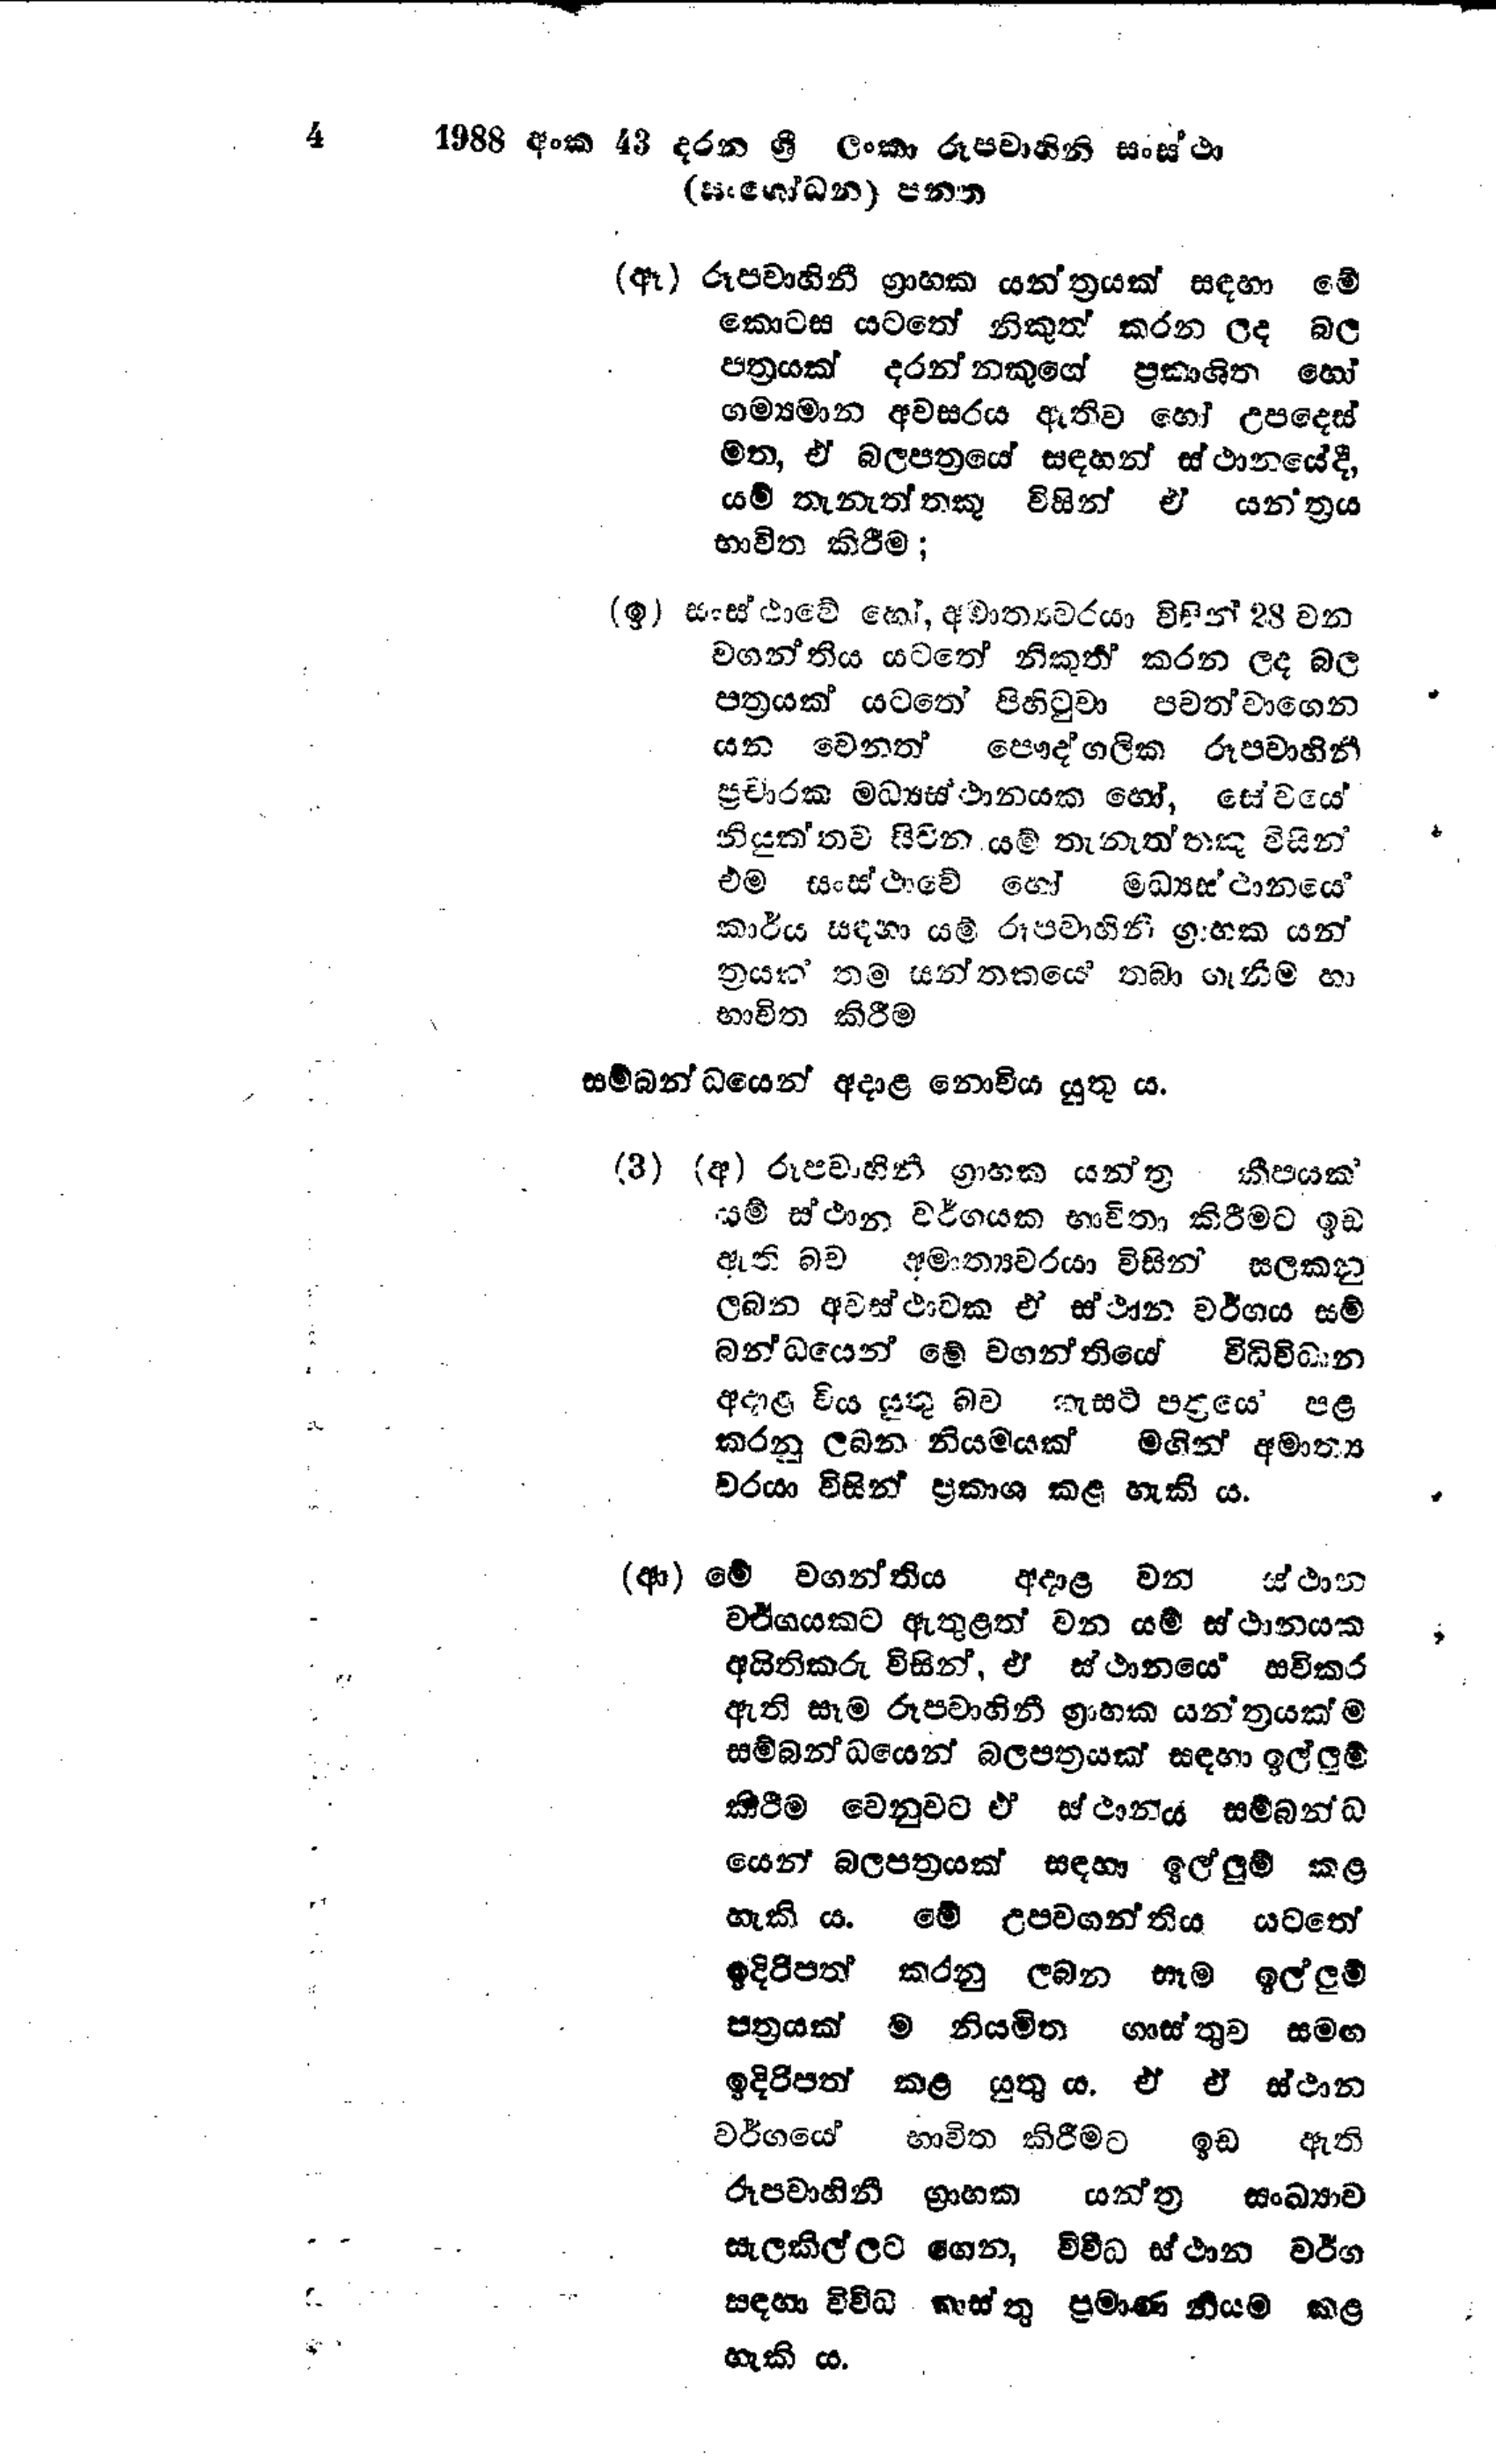
4 1988 අංක 43 දරන ශ්‍රී ලංකා රූපවාහිනි සංස්ථා
(සංශෝධන) පනත

(ඈ) රූපවාහිනී ග්‍රාහක යන්ත්‍රයක් සඳහා මේ
කොටස යටතේ නිකුත් කරන ලද බල
පත්‍රයක් දරන්නකුගේ ප්‍රකාශිත හෝ
ගම්‍යමාන අවසරය ඇතිව හෝ උපදෙස්
මත, ඒ බලපත්‍රයේ සඳහන් ස්ථානයේදී,
යම් තැනැත්තකු විසින් ඒ යන්ත්‍රය
භාවිත කිරීම;

(ඉ) සංස්ථාවේ හෝ, අමාත්‍යවරයා විසින් 28 වන
වගන්තිය යටතේ නිකුත් කරන ලද බල
පත්‍රයක් යටතේ පිහිටුවා පවත්වාගෙන
යන වෙනත පෞද්ගලික රූපවාහිනී
ප්‍රචාරක මධ්‍යස්ථානයක හෝ, සේවයේ
නියුක්තව සිටින යම් තැනැත්තකු විසින්
එම සංස්ථාවේ හෝ මධ්‍යස්ථානයේ
කාර්ය සඳහා යම් රූපවාහිනී ග්‍රාහක යන්
ත්‍රයක් තම සන්තකයේ තබා ගැනීම හා
භාවිත කිරීම

සම්බන්ධයෙන් අදාළ නොවිය යුතු ය.

(3) (අ) රූපවාහිනී ග්‍රාහක යන්ත්‍ර කීපයක්
යම් ස්ථාන වර්ගයක භාවිතා කිරීමට ඉඩ
ඇති බව අමාත්‍යවරයා විසින් සලකනු
ලබන අවස්ථාවක ඒ ස්ථාන වර්ගය සම්
බන්ධයෙන් මේ වගන්තියේ විධිවිධාන
අදාළ විය යුතු බව ගැසට් පත්‍ර‍යේ පළ
කරනු ලබන නියමයක් මගින් අමාත්‍ය
වරයා විසින් ප්‍රකාශ කළ හැකි ය.

(ආ) මේ වගන්තිය අදාළ වන ස්ථාන
වර්ගයකට ඇතුළත් වන යම් ස්ථානයක
අයිතිකරු විසින්, ඒ ස්ථානයේ සවිකර
ඇති සෑම රූපවාහිනී ග්‍රාහක යන්ත්‍රයක්ම
සම්බන්ධයෙන් බලපත්‍රයක් සඳහා ඉල්ලුම්
කිරීම වෙනුවට ඒ ස්ථානය සම්බන්ධ
යෙන් බලපත්‍රයක් සඳහා ඉල්ලුම් කළ
හැකි ය. මේ උපවගන්තිය යටතේ
ඉදිරිපත් කරනු ලබන සෑම ඉල්ලුම්
පත්‍රයක්ම නියමිත ගාස්තුව සමඟ
ඉදිරිපත් කළ යුතුය. ඒ ඒ ස්ථාන
වර්ගයේ භාවිත කිරීමට ඉඩ ඇති
රූපවාහිනී ග්‍රාහක යන්ත්‍ර සංඛ්‍යාව
සැලකිල්ලට ගෙන, විවිධ ස්ථාන වර්ග
සඳහා විවිධ ගාස්තු ප්‍රමාණ නියම කළ
හැකි ය.